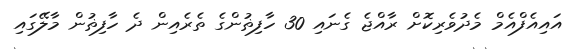
އައިއެފްއެމް މެދުވެރިކޮށް ރާއްޖެ ގެނައި 30 ހާފިޡުންގެ ތެރެއިން ދެ ހާފިޡުން މާލޭގައި